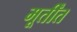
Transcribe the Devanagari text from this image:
मूर्तींत